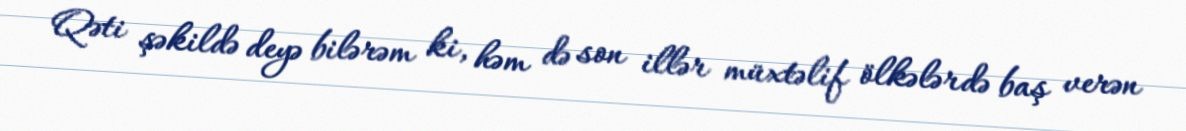
Qəti şəkildə deyə bilərəm ki, həm də son illər müxtəlif ölkələrdə baş verən